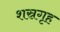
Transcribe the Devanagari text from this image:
शस्रगृह